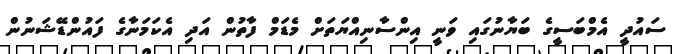
ސައުދީ އެމްބަސީގެ ބަޔާނުގައި ވަނީ އިންސާނިއްޔަތަށް މެޑަމް ފާތުން އަދި އެކަމަނާގެ ފައުންޑޭޝަނުން